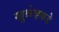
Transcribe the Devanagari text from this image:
ख्रुश्चेव्हकडे